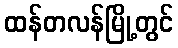
ထန်တလန်မြို့တွင်